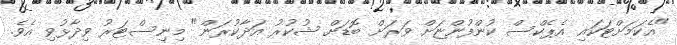
"އެކަމަށްޓަކައި އެޕެކްސް ކުންފުންޏަށް ވަރަށް ބޮޑަށް ޝުކުރު އަދާކުރަން" މިނިސްޓަރު ވިދާޅުވި އެވެ.